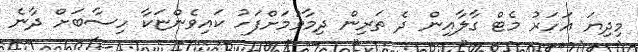
މިދިޔަ އަހަރު މެޓް ގާލާއިން ދެ ތަރިން ދިމާވުމަށްފަހު ކައިވެންޏަކާ ހިސާބަށް ދާނެ